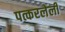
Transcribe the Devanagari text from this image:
पत्करलेली